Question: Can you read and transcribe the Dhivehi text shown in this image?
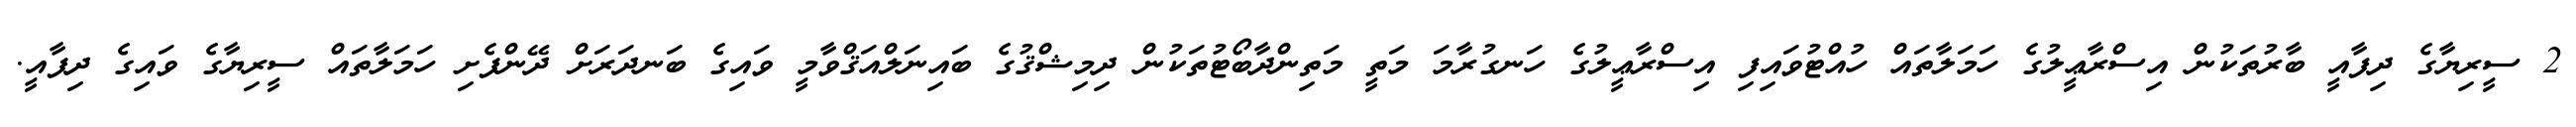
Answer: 2 ސީރިޔާގެ ދިފާއީ ބާރުތަކުން އިސްރާޢީލުގެ ހަމަލާތައް ހުއްޓުވައިފި އިސްރާޢީލުގެ ހަނގުރާމަ މަތީ މަތިންދާބޯޓުތަކުން ދިމިޝްޤުގެ ބައިނަލްއަޤްވާމީ ވައިގެ ބަނދަރަށް ދޭންފެށި ހަމަލާތައް ސީރިޔާގެ ވައިގެ ދިފާއީ.